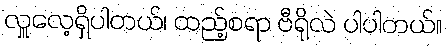
လှူလေ့ရှိပါတယ်၊ ထည့်စရာ ဗီရိုလဲ ပါပါတယ်။